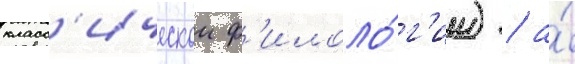
класс'ическои ф'илоло́г'ии) / а́